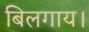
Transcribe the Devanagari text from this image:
बिलगाय।